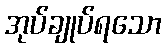
အုပ်ချုပ်ရသော